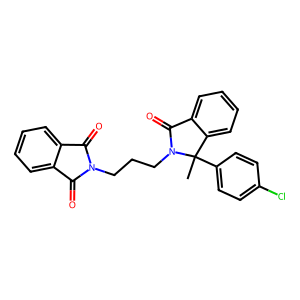
SMILES: CC1(c2ccc(Cl)cc2)c2ccccc2C(=O)N1CCCN1C(=O)c2ccccc2C1=O
Inhibits HIV replication: No